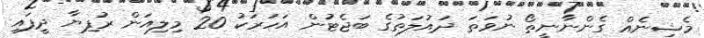
މެޝިނެއް ގެންނާނީތޯ ނުވަތަ ދައުލަތުގެ ބަޖެޓުން އަހަރަކު 20 މިލިއަން ރުފިޔާ ދީފައި